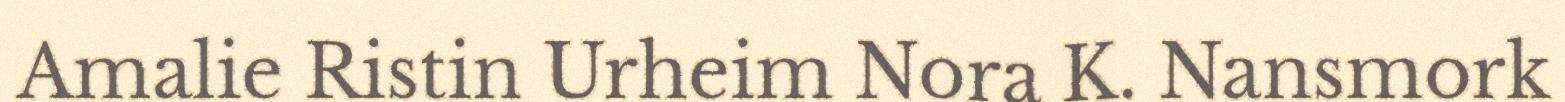
Amalie Ristin Urheim Nora K. Nansmork